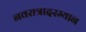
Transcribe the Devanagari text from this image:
नवरात्रादरम्यान